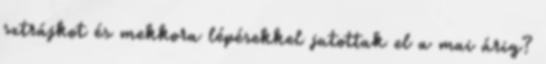
sztrájkot és mekkora lépésekkel jutottak el a mai árig?